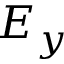
E _ { y }